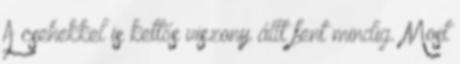
A csehekkel is kettős viszony állt fent mindig. Most